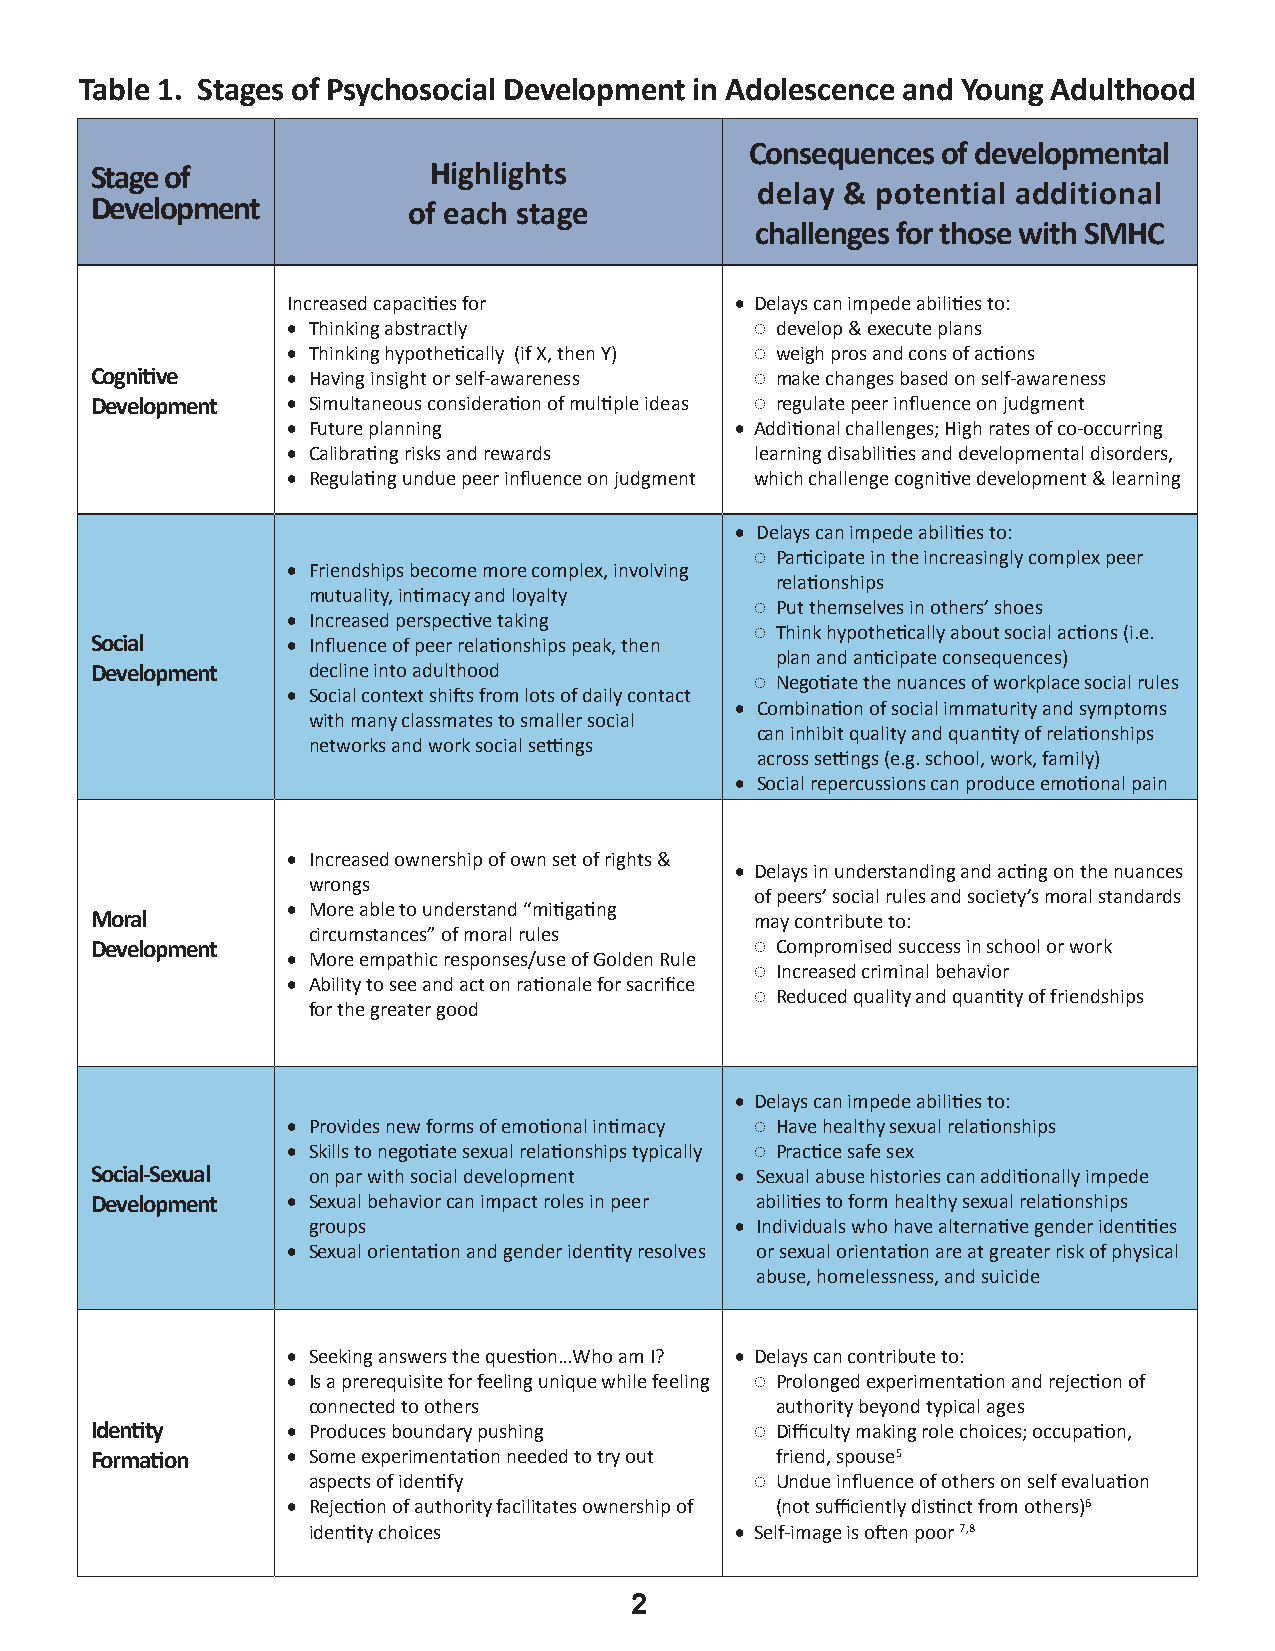
Table 1. Stages of Psychosocial Development in Adolescence and Young Adulthood
 Consequences of developmental
 Stage of              Highlights
 delay & potential additional
 Development          of each stage
 challenges for those with SMHC
 Increased capacities for      • Delays can impede abilities to:
 • Thinking abstractly          ◌◌develop & execute plans
 • Thinking hypothetically (if X, then Y) ◌◌weigh pros and cons of actions
 Cognitive    • Having insight or self-awareness ◌◌make changes based on self-awareness
 Development  • Simultaneous consideration of multiple ideas ◌◌regulate peer influence on judgment
 • Future planning             • Additional challenges; High rates of co-occurring
 • Calibrating risks and rewards learning disabilities and developmental disorders,
 • Regulating undue peer influence on judgment which challenge cognitive development & learning
 • Delays can impede abilities to:
 ◌◌Participate in the increasingly complex peer
 • Friendships become more complex, involving
 relationships
 mutuality, intimacy and loyalty
 ◌◌Put themselves in others’ shoes
 • Increased perspective taking
 ◌◌Think hypothetically about social actions (i.e.
 Social       • Influence of peer relationships peak, then
 plan and anticipate consequences)
 Development   decline into adulthood
 ◌◌Negotiate the nuances of workplace social rules
 • Social context shifts from lots of daily contact
 • Combination of social immaturity and symptoms
 with many classmates to smaller social
 can inhibit quality and quantity of relationships
 networks and work social settings
 across settings (e.g. school, work, family)
 • Social repercussions can produce emotional pain
 • Increased ownership of own set of rights &
 • Delays in understanding and acting on the nuances
 wrongs
 of peers’ social rules and society’s moral standards
 • More able to understand “mitigating
 Moral                                       may contribute to:
 circumstances” of moral rules
 Development                                 ◌◌Compromised success in school or work
 • More empathic responses/use of Golden Rule
 ◌◌Increased criminal behavior
 • Ability to see and act on rationale for sacrifice
 ◌◌Reduced quality and quantity of friendships
 for the greater good
 • Delays can impede abilities to:
 • Provides new forms of emotional intimacy ◌◌Have healthy sexual relationships
 • Skills to negotiate sexual relationships typically ◌◌Practice safe sex
 Social-Sexual on par with social development • Sexual abuse histories can additionally impede
 Development  • Sexual behavior can impact roles in peer abilities to form healthy sexual relationships
 groups                       • Individuals who have alternative gender identities
 • Sexual orientation and gender identity resolves or sexual orientation are at greater risk of physical
 abuse, homelessness, and suicide
 • Seeking answers the question…Who am I? • Delays can contribute to:
 • Is a prerequisite for feeling unique while feeling ◌◌Prolonged experimentation and rejection of
 connected to others            authority beyond typical ages
 Identity     • Produces boundary pushing    ◌◌Difficulty making role choices; occupation,
 Formation    • Some experimentation needed to try out friend, spouse5
 aspects of identify           ◌◌Undue influence of others on self evaluation
 • Rejection of authority facilitates ownership of (not sufficiently distinct from others)6
 identity choices             • Self-image is often poor 7,8
 2